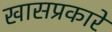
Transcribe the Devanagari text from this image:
खासप्रकारे